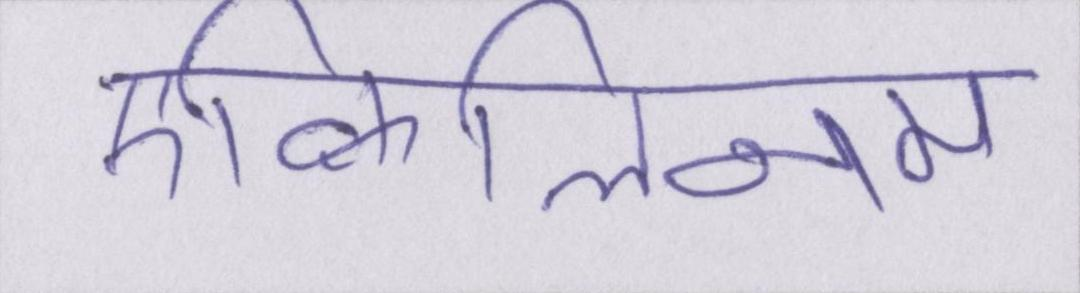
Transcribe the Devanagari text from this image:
एक्विलिनम